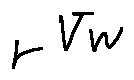
r ^ { V w }